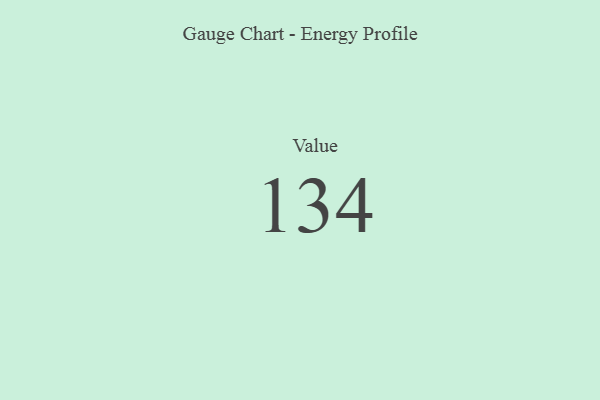
{"axis": {"x": "Metric", "y": "Value"}, "legend": [""], "data": [{"x": "Value", "y": 134, "type": ""}]}